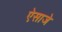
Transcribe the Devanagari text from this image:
ऐसाजे